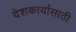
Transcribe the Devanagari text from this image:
देशकार्यासाठी